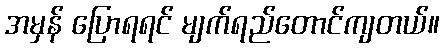
အမှန် ပြောရရင် မျက်ရည်တောင်ကျတယ်။